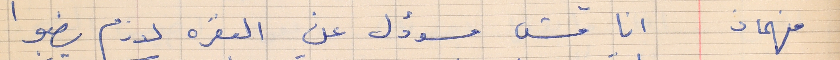
فهمان       انا مش مسؤول عن البقرة لازم يضبوا